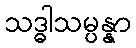
သဒ္ဓါသမ္ပန္နာ